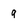
Character: 9